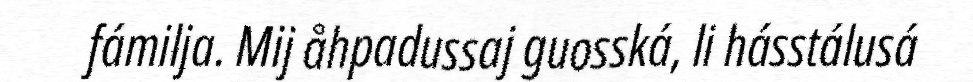
fámilja. Mij åhpadussaj guosská, li hásstálusá